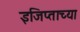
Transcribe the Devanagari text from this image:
इजिप्ताच्या